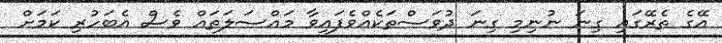
އޭގެ ތެރޭގައި ގިނަ ނުނިމި ގިނަ ދުވަސްތަކެއްވެފައިވާ މައްސަލަތައް ވެސް އެބަހުރި ކަމަށް